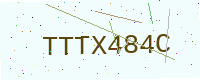
Text: TTTX484C